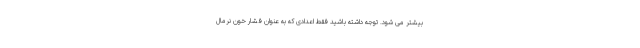
بیشتر می شود. توجه داشته باشید فقط اعدادی که به عنوان فشار خون نرمال